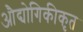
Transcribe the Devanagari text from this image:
औद्योगिकीकृत